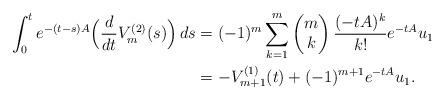
LaTeX: \begin{align*}\int_0^te^{-(t-s)A}\Big(\frac{d}{dt}V_{m}^{(2)}(s)\Big)\,ds&=(-1)^{m}\sum_{k=1}^{m}\begin{pmatrix}m\\k\end{pmatrix}\frac{(-tA)^{k}}{k!}e^{-tA}u_1\\&=-V_{m+1}^{(1)}(t)+(-1)^{m+1}e^{-tA}u_1. \end{align*}